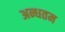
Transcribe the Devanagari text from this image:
अन्धतम